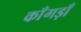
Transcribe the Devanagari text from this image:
काँगड़ाँ